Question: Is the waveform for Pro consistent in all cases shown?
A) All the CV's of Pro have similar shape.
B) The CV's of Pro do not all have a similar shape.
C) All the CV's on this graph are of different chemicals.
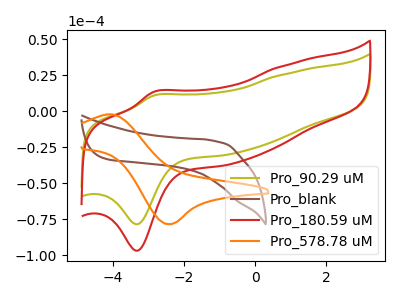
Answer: <think>The olive curve "Pro_90.29 uM" has an anodic peak at (-2.85V, 10.95uA) and a cathodic peak at (-3.35V, -78.60uA). The brown curve "Pro_blank" has no peaks. The red curve "Pro_180.59 uM" has an anodic peak at (-2.85V, 13.50uA) and a cathodic peak at (-3.35V, -97.00uA). The orange curve "Pro_578.78 uM" has an anodic peak at (-4.10V, -2.15uA) and a cathodic peak at (-2.40V, -78.60uA).
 "Pro_90.29 uM" and "Pro_blank" have a different number of peaks. All the peaks in "Pro_90.29 uM" have a peak in "Pro_180.59 uM" at the same potential. Every peak in "Pro_90.29 uM" is lower than every peak in "Pro_180.59 uM". "Pro_90.29 uM" and "Pro_578.78 uM" have at least one peak that do not match. "Pro_blank" and "Pro_180.59 uM" have a different number of peaks. "Pro_blank" and "Pro_578.78 uM" have a different number of peaks. "Pro_180.59 uM" and "Pro_578.78 uM" have at least one peak that do not match.</think>
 <answer>A) All the CV's of "Pro" have similar shape.</answer>
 <eval>A</eval>